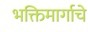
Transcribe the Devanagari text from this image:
भक्तिमार्गाचे